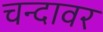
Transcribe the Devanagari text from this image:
चन्दावर